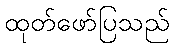
ထုတ်ဖော်ပြသည်